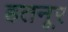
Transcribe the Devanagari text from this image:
हतनूर